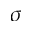
\sigma